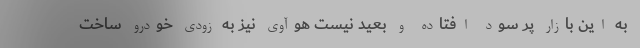
به این بازار پر سود افتاده و بعید نیست هوآوی نیز به زودی خودرو ساخت